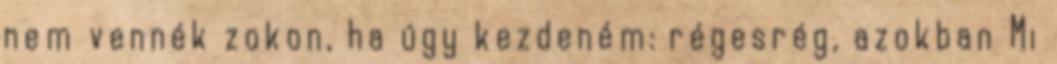
nem vennék zokon, ha úgy kezdeném: régesrég, azokban Mi